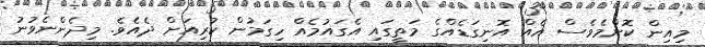
މިއިން ކޮންމެވެސް އެއް އޮނިގަޑެއްގެ މަތީގައި އެގައުމެއް ހިގަމުން ކުރިއަށް ދެއެވެ. މިދެންނެވުނު